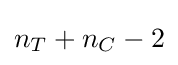
n_{T}+n_{C}-2